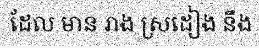
ដែល មាន រាង ស្រដៀង នឹង